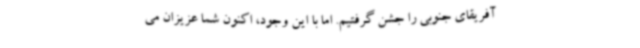
آفریقای جنوبی را جشن گرفتیم. اما با این وجود، اکنون شما عزیزان می